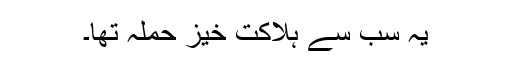
یہ سب سے ہلاکت خیز حملہ تھا۔